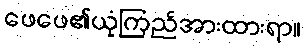
ဖေဖေ၏ယုံကြည်အားထားရာ။